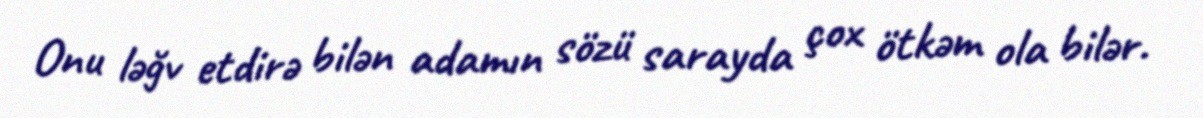
Onu ləğv etdirə bilən adamın sözü sarayda çox ötkəm ola bilər.